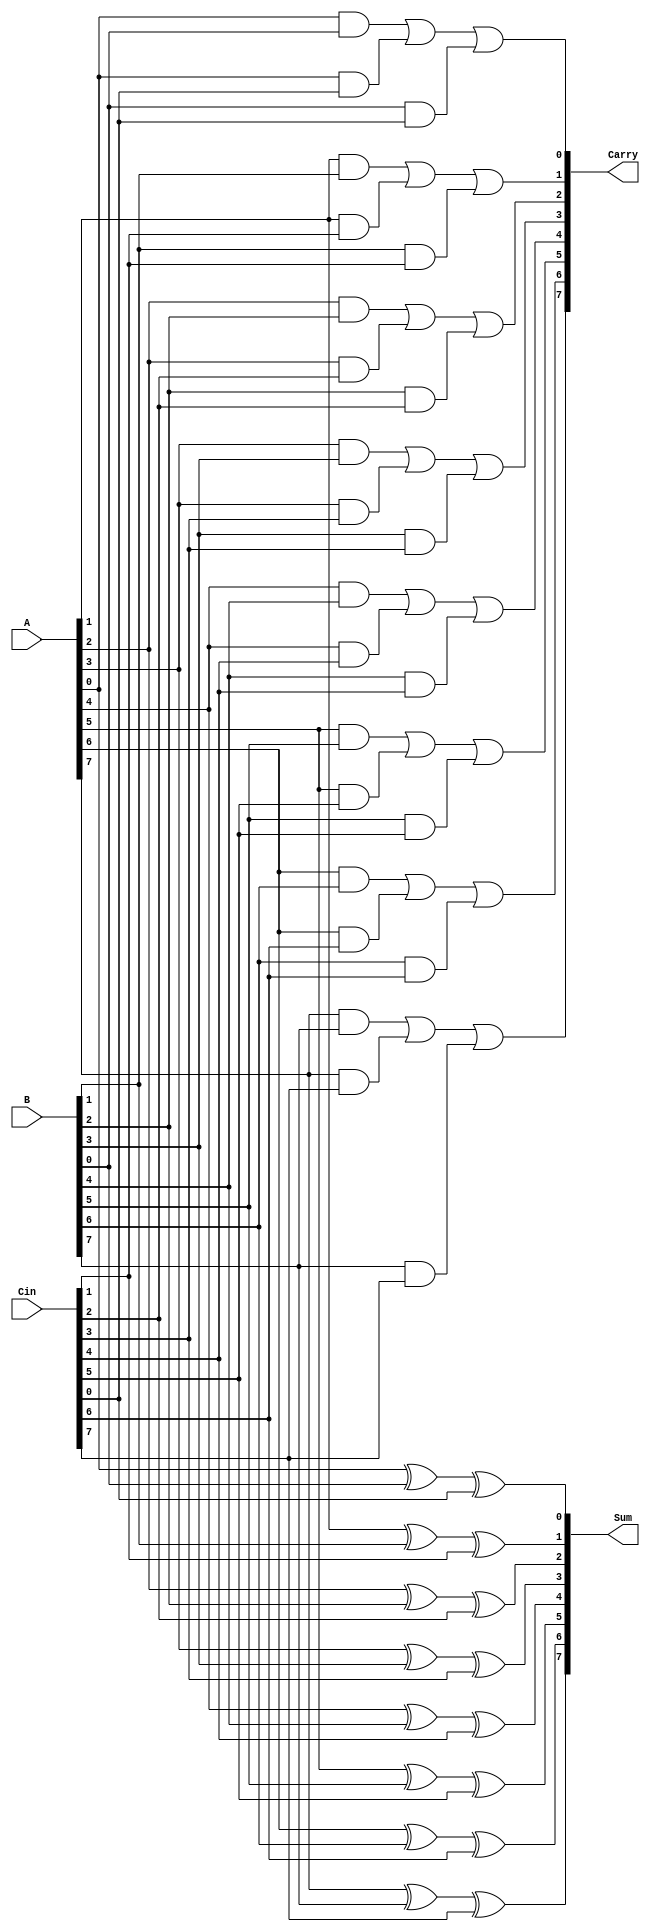
module CarrySaveAdder #(
    parameter n = 8 // Number of bits
) (
    input  [n-1:0] A,    // Input A
    input  [n-1:0] B,    // Input B
    input  [n-1:0] Cin,   // Input Carry
    output [n-1:0] Sum,   // Output Sum
    output [n-1:0] Carry  // Output Carry
);

    genvar i; // Declare a variable for the generate loop

    // Generate block to calculate Sum and Carry for each bit position
    generate
        for (i = 0; i < n; i = i + 1) begin : CSA_BIT
            // Sum calculation: A[i] XOR B[i] XOR Cin[i]
            assign Sum[i] = A[i] ^ B[i] ^ Cin[i];
            
            // Carry calculation: (A[i] AND B[i]) OR (A[i] AND Cin[i]) OR (B[i] AND Cin[i])
            assign Carry[i] = (A[i] & B[i]) | (A[i] & Cin[i]) | (B[i] & Cin[i]);
        end
    endgenerate

endmodule